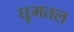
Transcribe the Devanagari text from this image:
घूमतल